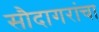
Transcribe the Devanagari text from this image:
सौदागरांचा